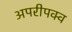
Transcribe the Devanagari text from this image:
अपरीपक्व